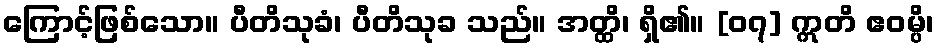
ကြောင့်ဖြစ်သော။ ပီတိသုခံ၊ ပီတိသုခ သည်။ အတ္ထိ၊ ရှိ၏။ [၀၇] ဣတိ ဧဝမ္ပိ၊